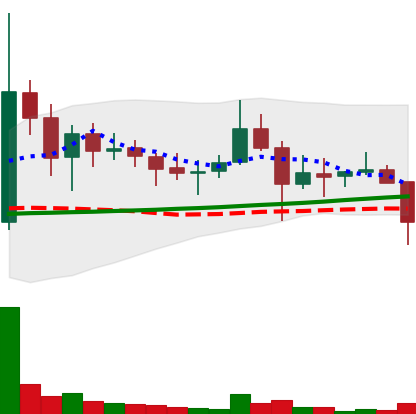
Ticker: DOGE-USD
Chart end date: 2021-11-16
Forward return: -4.603%
Label: down_3_5